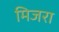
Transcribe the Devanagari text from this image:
मिजरा